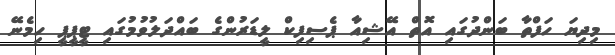
މިދިޔަ ހަފްތާ ބަންދުގައި އޮތް އޭޝިއާ ޕެސިފިކް ލީޑަރުންގެ ބައްދަލުވުމުގައި ޓީޕީޕީ ހިމެނޭ